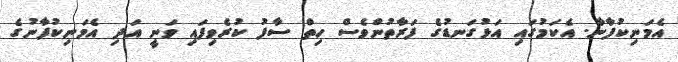
އެމަނިކުފާނާ. އެކަމުގައި އަޅުގަނޑުގެ ފަރާތުންވެސް ހިތް ސާފު ކުރެވިފައި ވަނީ އަދި އެމަނިކުފާނުގެ